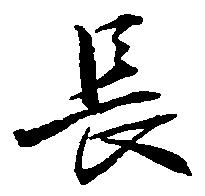
長